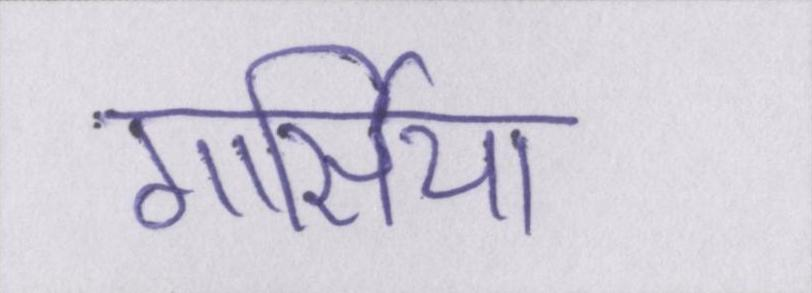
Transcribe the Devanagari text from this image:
गार्सिया